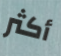
أكثر